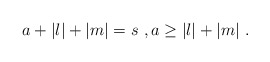
\begin{align*}a+|l|+|m|=s\ ,a\geq |l|+|m|\ .\end{align*}